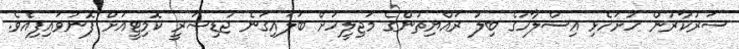
ސަރުކާރުން ހުށަހެޅި އިސްލާހުގެ ބިލު ރައްޔިތުންގެ މަޖިލީހަށް ބަލައިގަނެ ޖުޑިޝަރީ ކޮމިޓީއަށް ފޮނުވައިފިއެވެ.